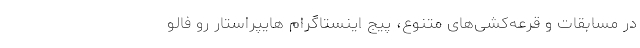
در مسابقات و قرعه‌کشی‌های متنوع، پیج اینستاگرام هایپراستار رو فالو